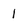
Character: 1